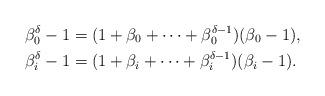
LaTeX: \begin{align*} \beta_0^\delta-1 & = (1+\beta_0+\dots+\beta_0^{\delta-1})(\beta_0-1), \\ \beta_i^\delta-1 & = (1+\beta_i+\dots+\beta_i^{\delta-1})(\beta_i-1). \\\end{align*}